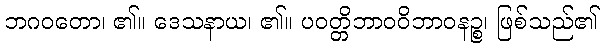
ဘဂဝတော၊ ၏။ ဒေသနာယ၊ ၏။ ပဝတ္တိဘာဝဝိဘာဝနဉ္စ၊ ဖြစ်သည်၏